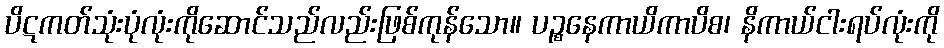
ပိဋကတ်သုံးပုံလုံးကိုဆောင်သည်လည်းဖြစ်ကုန်သော။ ပဉ္စနေကာယိကာပိစ၊ နိကာယ်ငါးရပ်လုံးကို